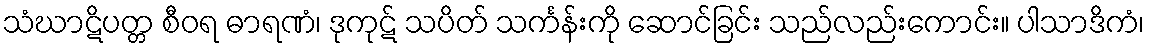
သံဃာဋိပတ္တ စီဝရ ဓာရဏံ၊ ဒုကုဋ် သပိတ် သင်္ကန်းကို ဆောင်ခြင်း သည်လည်းကောင်း။ ပါသာဒိကံ၊